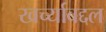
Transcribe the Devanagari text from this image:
खर्च्याबद्दल